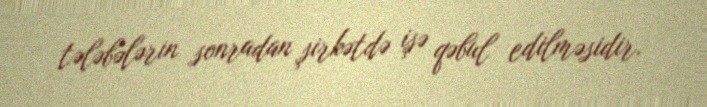
tələbələrin sonradan şirkətdə işə qəbul edilməsidir.